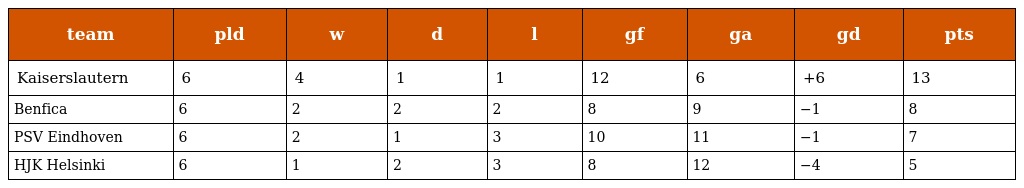
| team | pld | w | d | l | gf | ga | gd | pts |
 | --- | --- | --- | --- | --- | --- | --- | --- | --- |
 | Kaiserslautern | 6 | 4 | 1 | 1 | 12 | 6 | +6 | 13 |
 | Benfica | 6 | 2 | 2 | 2 | 8 | 9 | −1 | 8 |
 | PSV Eindhoven | 6 | 2 | 1 | 3 | 10 | 11 | −1 | 7 |
 | HJK Helsinki | 6 | 1 | 2 | 3 | 8 | 12 | −4 | 5 |